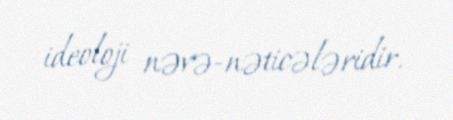
ideoloji nəvə-nəticələridir.